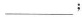
___；